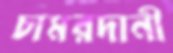
চামরদানী